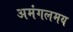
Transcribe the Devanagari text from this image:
अमंगलमय